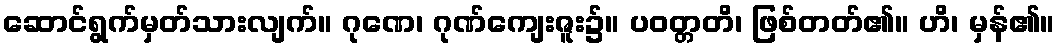
ဆောင်ရွက်မှတ်သားလျက်။ ဂုဏေ၊ ဂုဏ်ကျေးဇူး၌။ ပဝတ္တတိ၊ ဖြစ်တတ်၏။ ဟိ၊ မှန်၏။